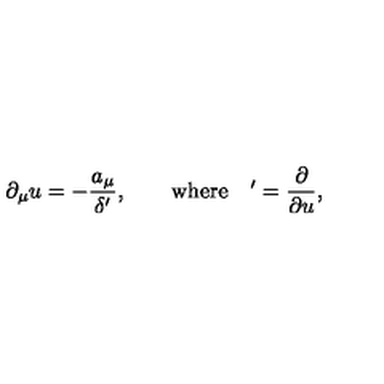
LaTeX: \partial _ { \mu } u = - \frac { a _ { \mu } } { \delta ^ { \prime } } , \qquad \mathrm { w h e r e } \quad { } ^ { \prime } = \frac { \partial } { \partial u } ,